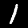
Label: 1